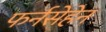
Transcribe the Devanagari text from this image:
फर्नसेहेन